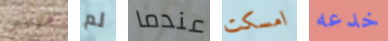
فاراداي لم عندما امسكت خدعه